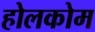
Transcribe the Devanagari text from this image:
होलकोम